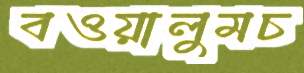
বওয়ালুমচ